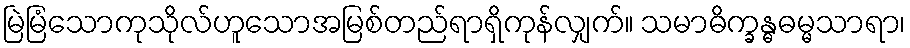
မြဲမြံသောကုသိုလ်ဟူသောအမြစ်တည်ရာရှိကုန်လျှက်။ သမာဓိက္ခန္ဓဓမ္မသာရာ၊